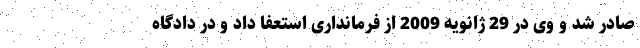
صادر شد و وی در 29 ژانویه 2009 از فرمانداری استعفا داد و در دادگاه